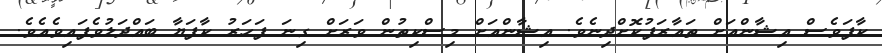
ކާފަވެސް އިޝާންއަށް ތައާރަފުކޮށްދިނެވެ. އިޝާންއަށް މިސްކިތުން ވަރަށް ގިނަ ފަހަރު ކާފަޔާ ބައްދަލުވެފައިވެއެވެ.